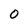
Character: O